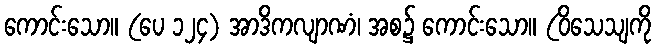
ကောင်းသော။ (ပေ ၁၂၄) အာဒိကလျာဏံ၊ အစ၌ ကောင်းသော။ (ဝိသေသျကို